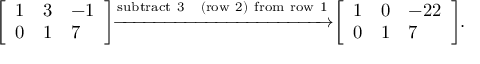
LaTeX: { \left[ \begin{array} { l l l } { 1 } & { 3 } & { - 1 } \\ { 0 } & { 1 } & { 7 } \end{array} \right] } { \xrightarrow { \mathrm { s u b t r a c t ~ 3 ~ � ~ ( r o w ~ 2 ) ~ f r o m ~ r o w ~ 1 } } } { \left[ \begin{array} { l l l } { 1 } & { 0 } & { - 2 2 } \\ { 0 } & { 1 } & { 7 } \end{array} \right] } .